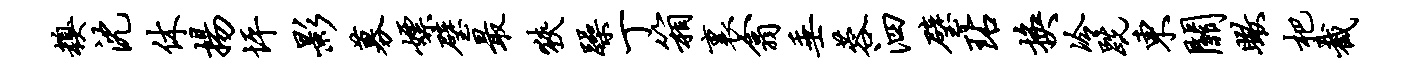
糗沈休扬坪影募嫖璧最狭躁丁箱里翕垂蓉泗璧玷换冷跣东关瞰杷截